Code of medical and sanitary regulations for the guidance of medical officers serving in the Madras Presidency - Volume I
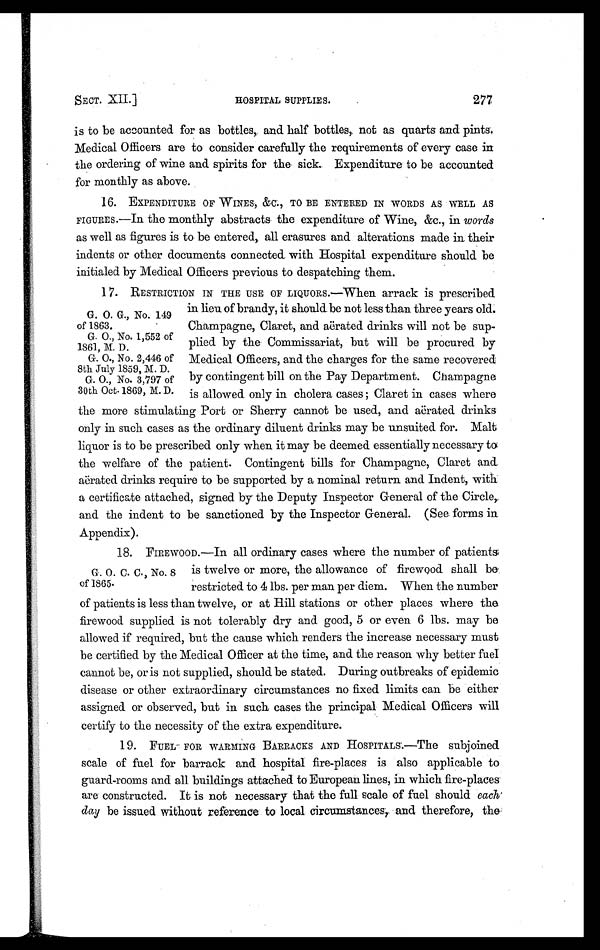
SECT. XII.]
HOSPITAL SUPPLIES.
277
is to be accounted for as bottles, and half bottles, not as quarts and pints.
Medical Officers are to consider carefully the requirements of every case in
the ordering of wine and spirits for the sick. Expenditure to be accounted
for monthly as above.
16. EXPENDITURE OF WINES, &C., TO BE ENTERED IN WORDS AS WELL AS
FIGURES.—In the monthly abstracts the expenditure of Wine, &c., in words
as well as figures is to be entered, all erasures and alterations made in their
indents or other documents connected with Hospital expenditure should be
initialed by Medical Officers previous to despatching them.
G. O. G., No. 149
of 1863.
G. O., No. 1,552 of
1861, M. D.
G. O., No. 2,446 of
8th July 1859, M. D.
G. O., No. 3,797 of
30th Oct. 1869, M. D.
17. RESTRICTION IN THE USE OF LIQUORS.—When arrack is prescribed
in lieu of brandy, it should be not less than three years old.
Champagne, Claret, and aërated drinks will not be sup-
plied by the Commissariat, but will be procured by
Medical Officers, and the charges for the same recovered
by contingent bill on the Pay Department. Champagne
is allowed only in cholera cases; Claret in cases where
the more stimulating Port or Sherry cannot be used, and aërated drinks
only in such cases as the ordinary diluent drinks may be unsuited for. Malt.
liquor is to be prescribed only when it may be deemed essentially necessary to
the welfare of the patient. Contingent bills for Champagne, Claret and
aërated drinks require to be supported by a nominal return and Indent, with
a certificate attached, signed by the Deputy Inspector General of the Circle,
and the indent to be sanctioned by the Inspector General. (See forms in
Appendix).
G. O. C. C., No. 8
of 1865.
18. F I R E W O O D . — I n a l l o r d i n a r y c a s e s w h e r e t h e n u m b e r o f p a t i e n t s ,
is twelve or more, the allowance of firewood shall be
restricted to 4 lbs. per man per diem. When the number
of patients is less than twelve, or at Hill stations or other places where the
firewood supplied is not tolerably dry and good, 5 or even 6 lbs. may be
allowed if required, but the cause which renders the increase necessary must
be certified by the Medical Officer at the time, and the reason why better fuel
cannot be, or is not supplied, should be stated. During outbreaks of epidemic
disease or other extraordinary circumstances no fixed limits can be either
assigned or observed, but in such cases the principal Medical Officers will
certify to the necessity of the extra expenditure.
19. FUEL FOR WARMING BARRACKS AND HOSPITALS.—The subjoined
scale of fuel for barrack and hospital fire-places is also applicable to
guard-rooms and all buildings attached to European lines, in which fire-places
are constructed. It is not necessary that the full scale of fuel should each
day be issued without reference to local circumstances, and therefore, the